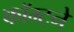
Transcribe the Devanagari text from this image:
कॉम्टने